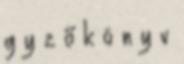
g y z ő k ö n y v